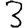
Digit: 3